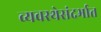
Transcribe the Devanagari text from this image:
व्यवस्थेसंदर्भात